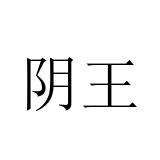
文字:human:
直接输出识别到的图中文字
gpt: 阴王